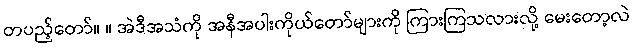
တပည့်တော်။ ။ အဲဒီအသံကို အနီအပါးကိုယ်တော်များကို ကြားကြသလားလို့ မေးတော့လဲ